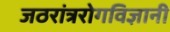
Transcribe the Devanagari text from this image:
जठरांत्ररोगविज्ञानी